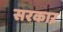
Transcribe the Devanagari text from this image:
सरकाऱ